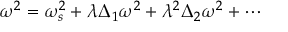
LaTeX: \omega ^ { 2 } = \omega _ { s } ^ { 2 } + \lambda \Delta _ { 1 } \omega ^ { 2 } + \lambda ^ { 2 } \Delta _ { 2 } \omega ^ { 2 } + \cdots